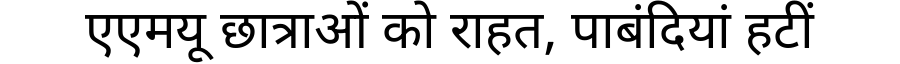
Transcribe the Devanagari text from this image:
एएमयू छात्राओं को राहत, पाबंदियां हटीं